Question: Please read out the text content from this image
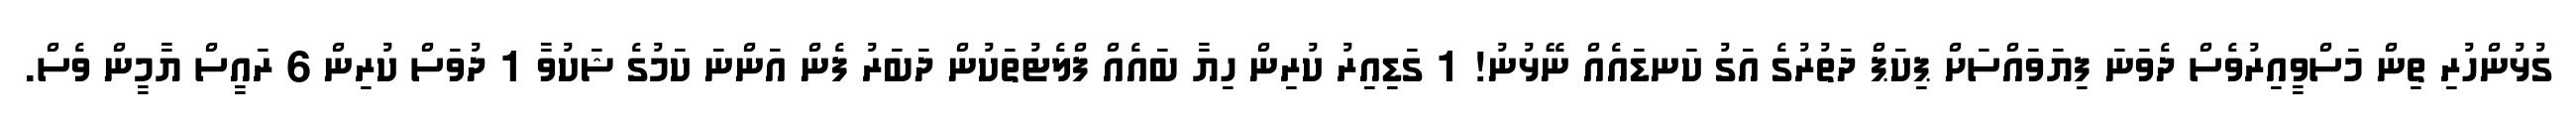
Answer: ގުޅުންހުރި ތިން މަސްވީއިރުވެސް ދެވަނަ ފިޔަވައްސަށް ޕިކަޕް ދަތުރުގެ އަގު ކަނޑައެއް ނޭޅުނު! 1 ގަޑިއިރު ކުރިން ހިޔާ ބައެއް ފްލެޓުތަކުން ދަބަރު ފެން އަންނަ ކަމުގެ ޝަކުވާ 1 ދުވަސް ކުރިން 6 ރައީސް ޔާމީން ވެސް.